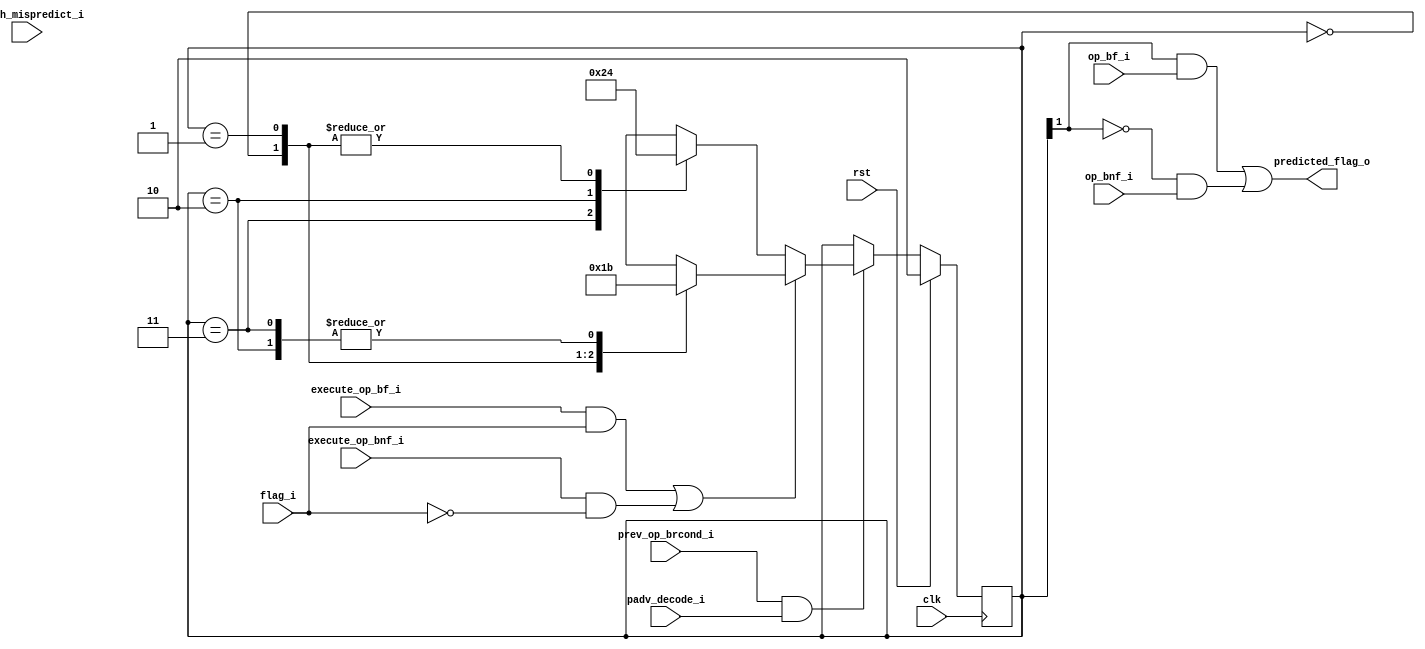
module mor1kx_branch_predictor_saturation_counter_1
   (
    input clk,
    input rst,
    output predicted_flag_o,     
    input execute_op_bf_i,       
    input execute_op_bnf_i,      
    input op_bf_i,               
    input op_bnf_i,              
    input padv_decode_i,         
    input flag_i,                
    input prev_op_brcond_i,      
    input branch_mispredict_i    
    );
   localparam [1:0]
      STATE_STRONGLY_NOT_TAKEN = 2'b00,
      STATE_WEAKLY_NOT_TAKEN   = 2'b01,
      STATE_WEAKLY_TAKEN       = 2'b10,
      STATE_STRONGLY_TAKEN     = 2'b11;
   reg [1:0] state = STATE_WEAKLY_TAKEN;
   assign predicted_flag_o = (state[1] && op_bf_i) || (!state[1] && op_bnf_i);
   wire brn_taken = (execute_op_bf_i && flag_i) || (execute_op_bnf_i && !flag_i);
   always @(posedge clk) begin
      if (rst) begin
         state <= STATE_WEAKLY_TAKEN;
      end else begin
         if (prev_op_brcond_i && padv_decode_i) begin
            if (!brn_taken) begin
               case (state)
                  STATE_STRONGLY_TAKEN:
                     state <= STATE_WEAKLY_TAKEN;
                  STATE_WEAKLY_TAKEN:
                     state <= STATE_WEAKLY_NOT_TAKEN;
                  STATE_WEAKLY_NOT_TAKEN:
                     state <= STATE_STRONGLY_NOT_TAKEN;
                  STATE_STRONGLY_NOT_TAKEN:
                     state <= STATE_STRONGLY_NOT_TAKEN;
               endcase
            end else begin
               case (state)
                  STATE_STRONGLY_NOT_TAKEN:
                     state <= STATE_WEAKLY_NOT_TAKEN;
                  STATE_WEAKLY_NOT_TAKEN:
                     state <= STATE_WEAKLY_TAKEN;
                  STATE_WEAKLY_TAKEN:
                     state <= STATE_STRONGLY_TAKEN;
                  STATE_STRONGLY_TAKEN:
                     state <= STATE_STRONGLY_TAKEN;
               endcase
            end
         end
      end
   end
endmodule